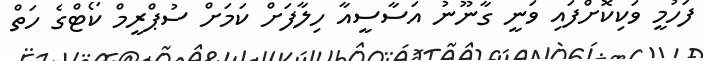
ފަހުމީ ވަކިކޮށްފައި ވަނީ ގާނޫނު އަސާސީއާ ހިލާފަށް ކަމަށް ސުޕްރީމް ކޯޓްގެ ހަތް